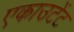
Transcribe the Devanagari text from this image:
एकाउटेंट